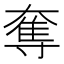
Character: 奪